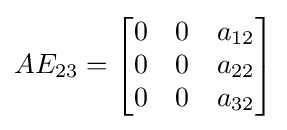
AE_{23}=\left[{\begin{matrix}0&0&a_{12}\\0&0&a_{22}\\0&0&a_{32}\end{matrix}}\right]